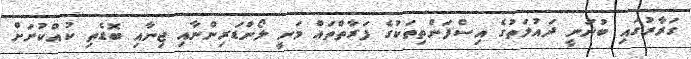
ގަރާރުގައި ބުނަނީ ދައުލަތުގެ އިސްފަންތިތަކުގެ ފަރާތްތައް މަނީ ލޯންޑަރިންނާއި ޖިނާއި ބޮޑެތި ކުއްކުށަށް